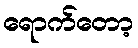
ရောက်တော့